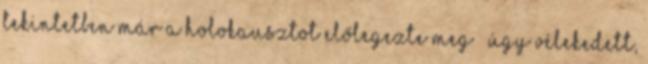
tekintetben már a holokausztot előlegezte meg – úgy vélekedett,